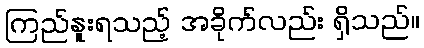
ကြည်နူးရသည့် အခိုက်လည်း ရှိသည်။